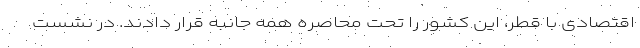
اقتصادی با قطر، این کشور را تحت محاصره همه جانبه قرار دادند. در نشست